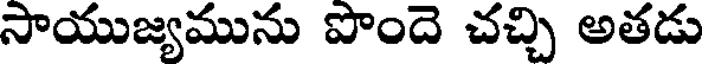
సాయుజ్యమును పొందె చచ్చి అతడు